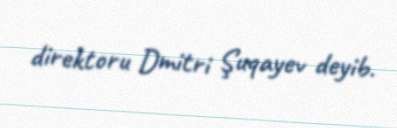
direktoru Dmitri Şuqayev deyib.